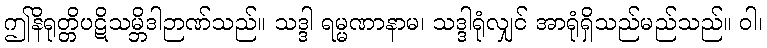
ဤနိရုတ္တိပဋိသမ္ဘိဒါဉာဏ်သည်။ သဒ္ဒါ ရမ္မဏာနာမ၊ သဒ္ဒါရုံလျှင် အာရုံရှိသည်မည်သည်။ ဝါ၊